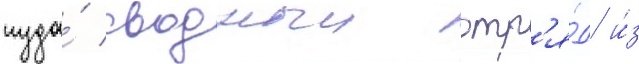
туда́ сводныи отр'я́д и́з